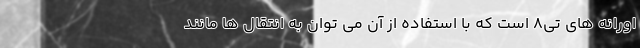
اورانه های تی8 است که با استفاده از آن می توان به انتقال ها مانند